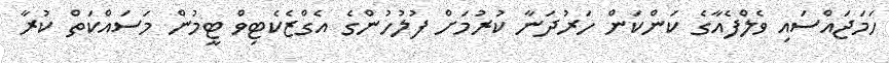
ހަމަޖައްސައި ވެލްފެއާގެ ކަންކަން ހަރުދަނާ ކުރުމަށް ފުލުހުންގެ އެގްޒެކެޓިވް ޓީމުން މަސައްކަތް ކުރާ